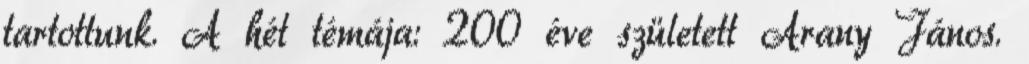
tartottunk. A hét témája: 200 éve született Arany János.